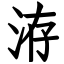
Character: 洊